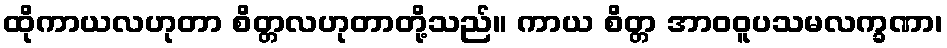
ထိုကာယလဟုတာ စိတ္တလဟုတာတို့သည်။ ကာယ စိတ္တ အာဝဝူပသမလက္ခဏာ၊